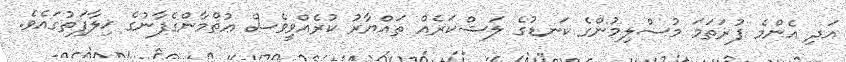
އަދި އެންމެ ފުރަތަމަ މުސްލިމުންގެ ކަނޑުގެ ލަޝްކަރެއް ތައްޔާރު ކުރެއްވީވެސް ޢުޘްމާންގެފާނުގެ ޚިލާފަތުގައެވެ.